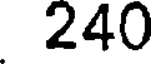
240